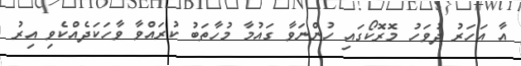
އާ އަހަރު ދުވަހު މޮރޮކޯގައި ހުންނަވާ ގައުމާ މުހާތަބު ކުރައްވާ ވާހަކަދެއްކެވި އިރު